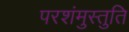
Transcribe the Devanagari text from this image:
परशंमुस्तुति